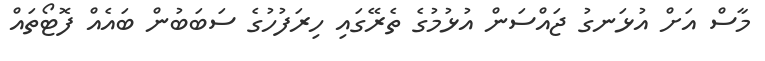
މާސް އަށް އުޅަނގު ޖައްސަން އުޅުމުގެ ތެރޭގައި ހިރަފުހުގެ ސަބަބުން ބައެއް ފޮޓޯތައް